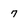
Character: 7